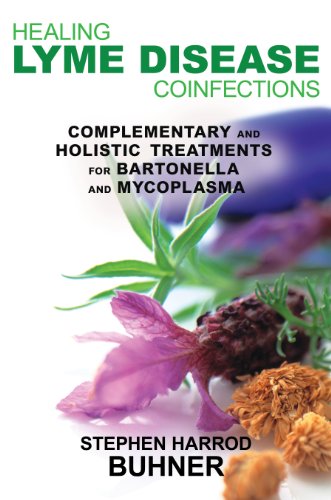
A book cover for Healing Lyme Disease Coinfections: Complementary and Holistic Treatments for Bartonella and Mycoplasma; Stephen Harrod Buhner; Health, Fitness & Dieting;